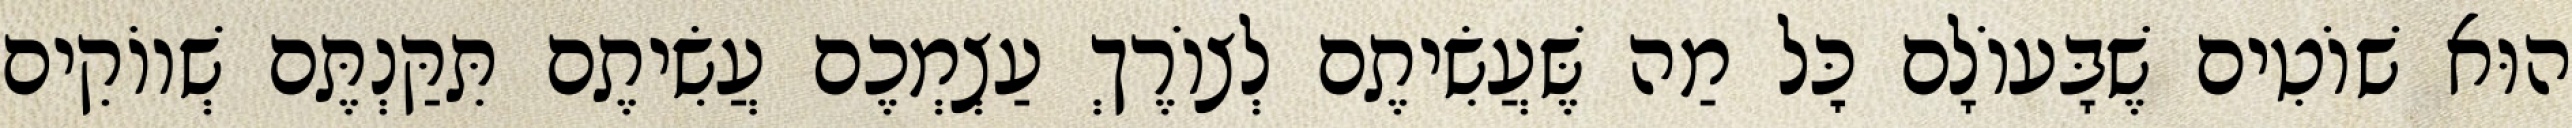
הוּא שׁוֹטִים שֶׁבָּעוֹלָם כׇּל מַה שֶּׁעֲשִׂיתֶם לְצוֹרֶךְ עַצְמְכֶם עֲשִׂיתֶם תִּקַּנְתֶּם שְׁווֹקִים